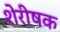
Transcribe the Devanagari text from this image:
शेरीषक